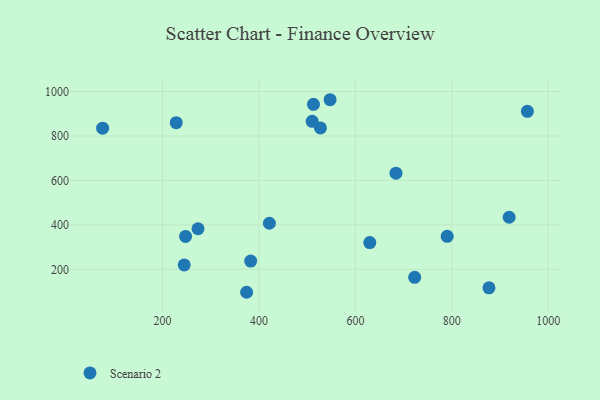
{"axis": {"x": "Experience", "y": "Fuel Efficiency"}, "legend": ["Scenario 2"], "data": [{"x": "510.3", "y": 865.9, "type": "Scenario 2"}, {"x": "273.6", "y": 382.6, "type": "Scenario 2"}, {"x": "421.6", "y": 407.3, "type": "Scenario 2"}, {"x": "877.0", "y": 116.5, "type": "Scenario 2"}, {"x": "374.4", "y": 96.6, "type": "Scenario 2"}, {"x": "722.9", "y": 163.9, "type": "Scenario 2"}, {"x": "918.8", "y": 434.2, "type": "Scenario 2"}, {"x": "382.8", "y": 236.8, "type": "Scenario 2"}, {"x": "684.1", "y": 632.7, "type": "Scenario 2"}, {"x": "547.5", "y": 963.2, "type": "Scenario 2"}, {"x": "228.4", "y": 859.9, "type": "Scenario 2"}, {"x": "790.3", "y": 348.5, "type": "Scenario 2"}, {"x": "629.8", "y": 320.2, "type": "Scenario 2"}, {"x": "956.6", "y": 910.8, "type": "Scenario 2"}, {"x": "245.0", "y": 219.9, "type": "Scenario 2"}, {"x": "247.8", "y": 348.0, "type": "Scenario 2"}, {"x": "527.5", "y": 836.3, "type": "Scenario 2"}, {"x": "75.8", "y": 835.1, "type": "Scenario 2"}, {"x": "513.0", "y": 942.3, "type": "Scenario 2"}]}